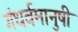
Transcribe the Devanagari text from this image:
गंधर्वमानुषी